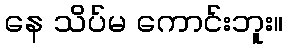
နေ သိပ်မ ကောင်းဘူး။